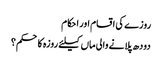
روزے کی اقسام اور احکام
دودھ پلانے والی ماں کیلئے روزہ کا حکم؟